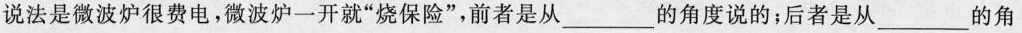
说法是微波炉很费电，微波炉一开就”烧保险”，前者是从___的角度说的；后者是从___的角